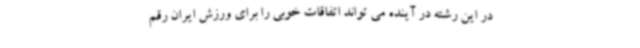
در این رشته در آینده می تواند اتفاقات خوبی را برای ورزش ایران رقم